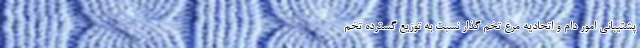
پشتیبانی امور دام و اتحادیه مرغ تخم گذار نسبت به توزیع گسترده تخم